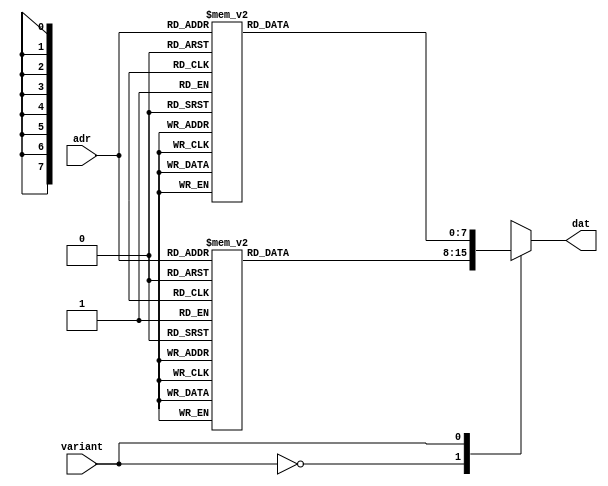
module m_rom(input variant, input [3:0] adr,output [7:0] dat);
	reg [7:0] data;
	assign dat = data;
	
	function [7:0] getRomHelloData(input [3:0] adr); begin
		case (adr)
			4'h0:	getRomHelloData=8'b10001001;	//H
			4'h1:	getRomHelloData=8'b10000110;	//E
			4'h2: getRomHelloData=8'b11000111; //L
			4'h3: getRomHelloData=8'b11000111; //L
			4'h4: getRomHelloData=8'b10100011;	//o
			4'h5:	getRomHelloData=8'b11111111;	//SP
			4'h6:	getRomHelloData=8'b11111111;	//SP
			4'h7: getRomHelloData=8'b11111111;	//SP
			4'h8: getRomHelloData=8'b11111111;	//SP
			4'h9: getRomHelloData=8'b11111111;	//SP
			4'ha:	getRomHelloData=8'b11111111;	//SP
			4'hb:	getRomHelloData=8'b11111111;	//SP
			4'hc: getRomHelloData=8'b11111111;	//SP
			4'hd: getRomHelloData=8'b11111111;	//SP
			4'he: getRomHelloData=8'b11111111;	//SP
			4'hf: getRomHelloData=8'b11111111;	//SP
			default: getRomHelloData=8'hff;
		endcase
	end	
	endfunction
	
	
	function [7:0] getRomGoodbyeData(input [3:0] adr); begin
		case (adr)
			4'h0:	getRomGoodbyeData=8'b11000010;	//G
			4'h1: getRomGoodbyeData=8'b10100011;	//o
			4'h2: getRomGoodbyeData=8'b10100011;	//o
			4'h3: getRomGoodbyeData=8'b10100001;	//d
			4'h4: getRomGoodbyeData=8'b10000011;	//b
			4'h5:	getRomGoodbyeData=8'b10010001;	//y
			4'h6:	getRomGoodbyeData=8'b10000110;	//E
			4'h7: getRomGoodbyeData=8'b11111111;	//SP
			4'h8: getRomGoodbyeData=8'b11111111;	//SP
			4'h9: getRomGoodbyeData=8'b11111111;	//SP
			4'ha:	getRomGoodbyeData=8'b11111111;	//SP
			4'hb:	getRomGoodbyeData=8'b11111111;	//SP
			4'hc: getRomGoodbyeData=8'b11111111;	//SP
			4'hd: getRomGoodbyeData=8'b11111111;	//SP
			4'he: getRomGoodbyeData=8'b11111111;	//SP
			4'hf: getRomGoodbyeData=8'b11111111;	//SP
			default: getRomGoodbyeData=8'hff;
		endcase 
	end
	endfunction
	
	always @(adr or variant) begin
		case (variant)
			1'b0: data = getRomHelloData(adr);
			1'b1: data = getRomGoodbyeData(adr);
			default: data = getRomHelloData(adr);
		endcase
	end
endmodule